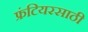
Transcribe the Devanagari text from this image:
फ्रंटियरसाठी